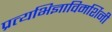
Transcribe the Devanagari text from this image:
प्रत्यभिज्ञाविमर्शिनी